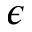
\epsilon